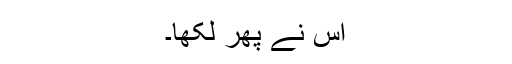
اس نے پھر لکھا۔